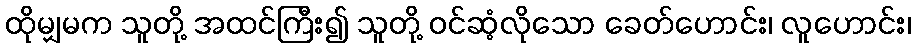
ထိုမျှမက သူတို့ အထင်ကြီး၍ သူတို့ ဝင်ဆံ့လိုသော ခေတ်ဟောင်း၊ လူဟောင်း၊